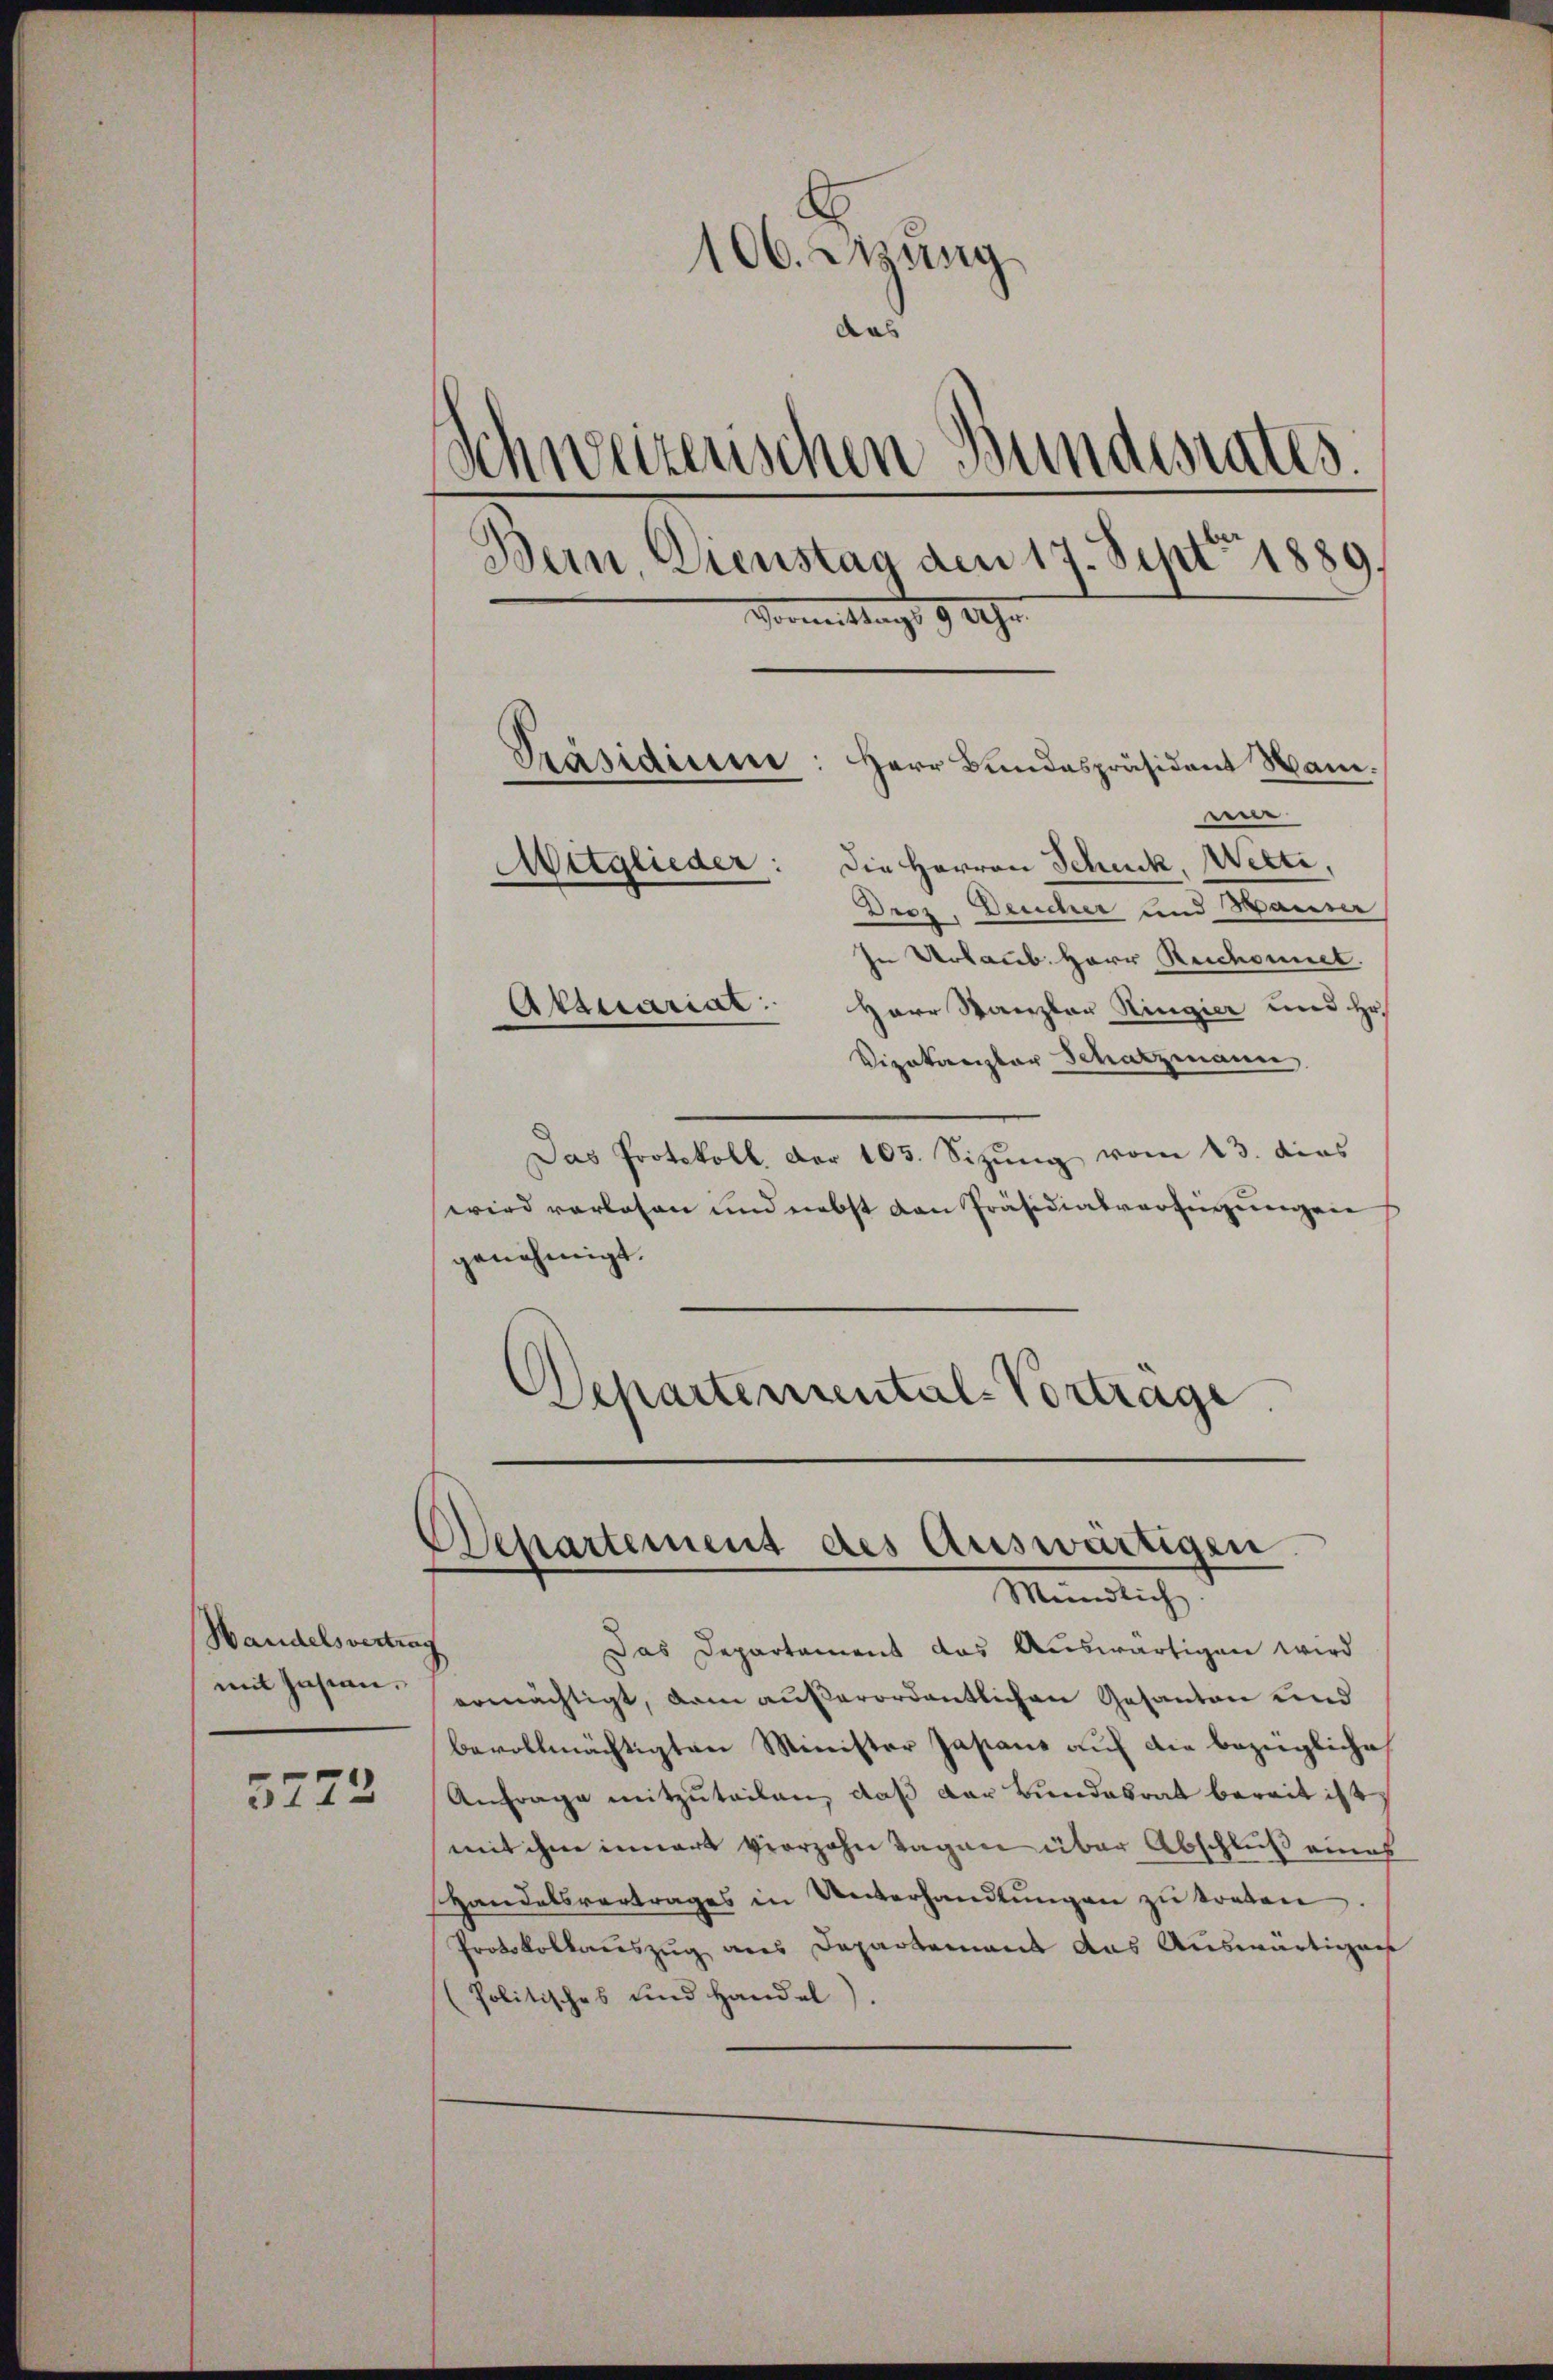
Handelsvertrag
mit Zustan

5772

106. Disung
das
Schweizerischen Bundesrates.
Bern, Dienstag den 17. Sept. 1889.
Vormittags 9 Uhr
Präsidium
Herr Bundespräsident Mani.
we
Mitglieder: Die Herren Schuck, Welti,
Droz. Deucher und Hauser
In Urlaub. Herr Reichnet.
Aktuariat: Herr Kanzler Ringier und Hr.

Vizokaeizbar Schatzmann,
Das Protokoll. Der 105. Sitzŭng vom 23. dies
wird verlosen und nebst den Präsidialverfügungen
genehmigt.
Departemental-Vortrage

Separtement des Auswärtigen.
Mündlich

Das Departement das Auswärtigen wird
ermächtigt, dem außerordentlichen Gesanten und
bevollmächtigten Minister Jasans auf die bezügliche
Anfrage mitzuteilen, daß der Bundesrat bereit ist,
mit ihne innert verzehn Tagen über Abschluß eines
Handelsvertrages in Unterhandlungen zu treten
Protokollauszug aus Departement das Auswärtigen
Politisches und Handel)